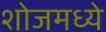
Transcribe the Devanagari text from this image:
शोजमध्ये